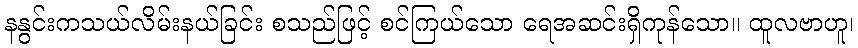
နနွင်းကသယ်လိမ်းနယ်ခြင်း စသည်ဖြင့် စင်ကြယ်သော ရေအဆင်းရှိကုန်သော။ ထူလဗာဟူ၊